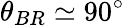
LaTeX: \theta_{BR}\simeq 90^{\circ}